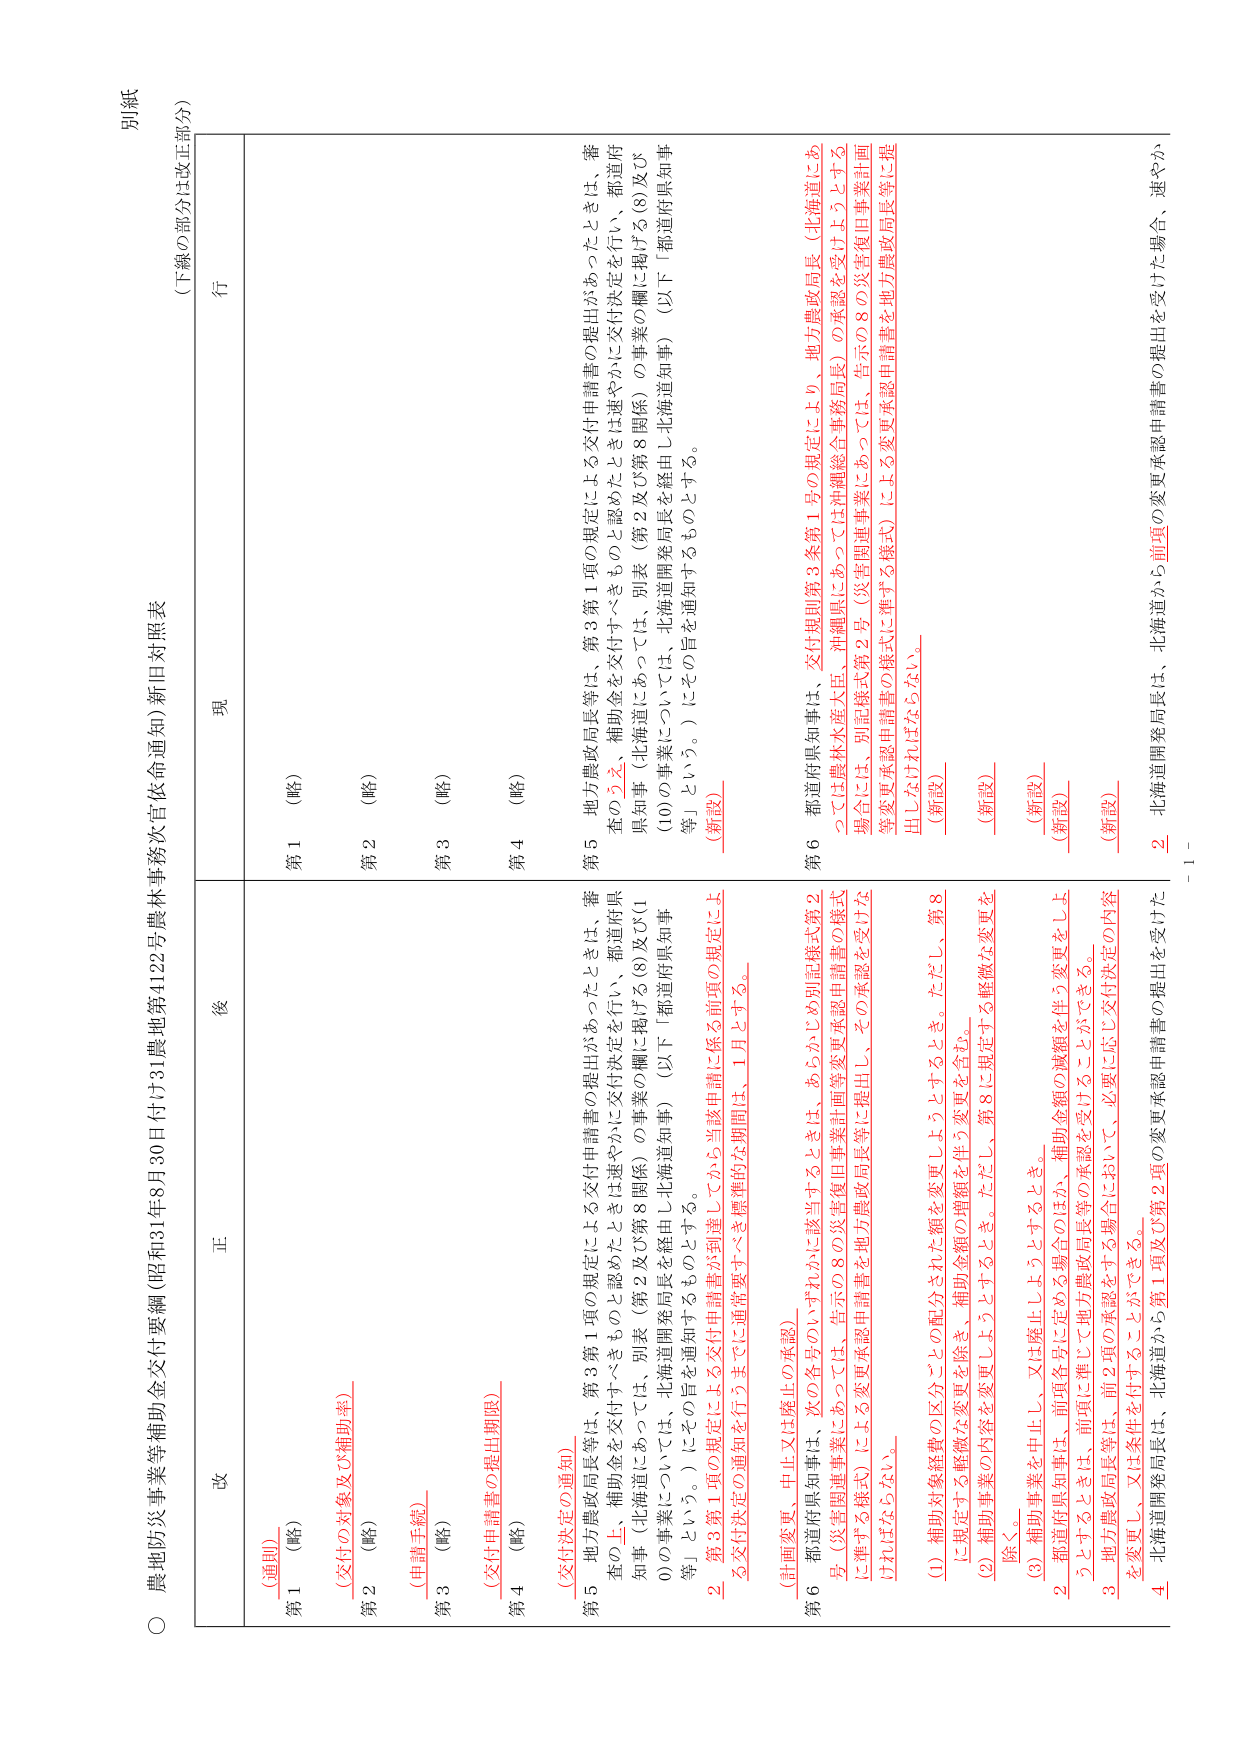
○ 農地防災事業等補助金交付要綱（昭和31年8月30日付け31農地第4122号農林事務次官依命通知）新旧対照表
（下線の部分は改正部分）

別紙

改　　正